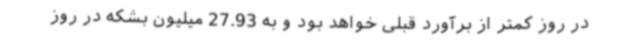
در روز کمتر از برآورد قبلی خواهد بود و به 27.93 میلیون بشکه در روز